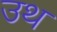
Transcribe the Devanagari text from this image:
उथ